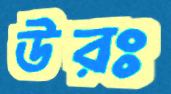
উরঃ